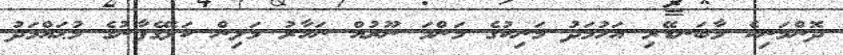
ދޮންމަނިކެ މާބަނޑޭރި އަހުމަދު މަނިކުގެ މަންމަ ނޫރުއް ނަހާރު މަލިން ކަލޭގެފާނުގެ މުޙައްމަދު